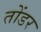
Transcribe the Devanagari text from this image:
तोंडर